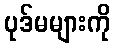
ပုဒ်မများကို